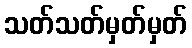
သတ်သတ်မှတ်မှတ်